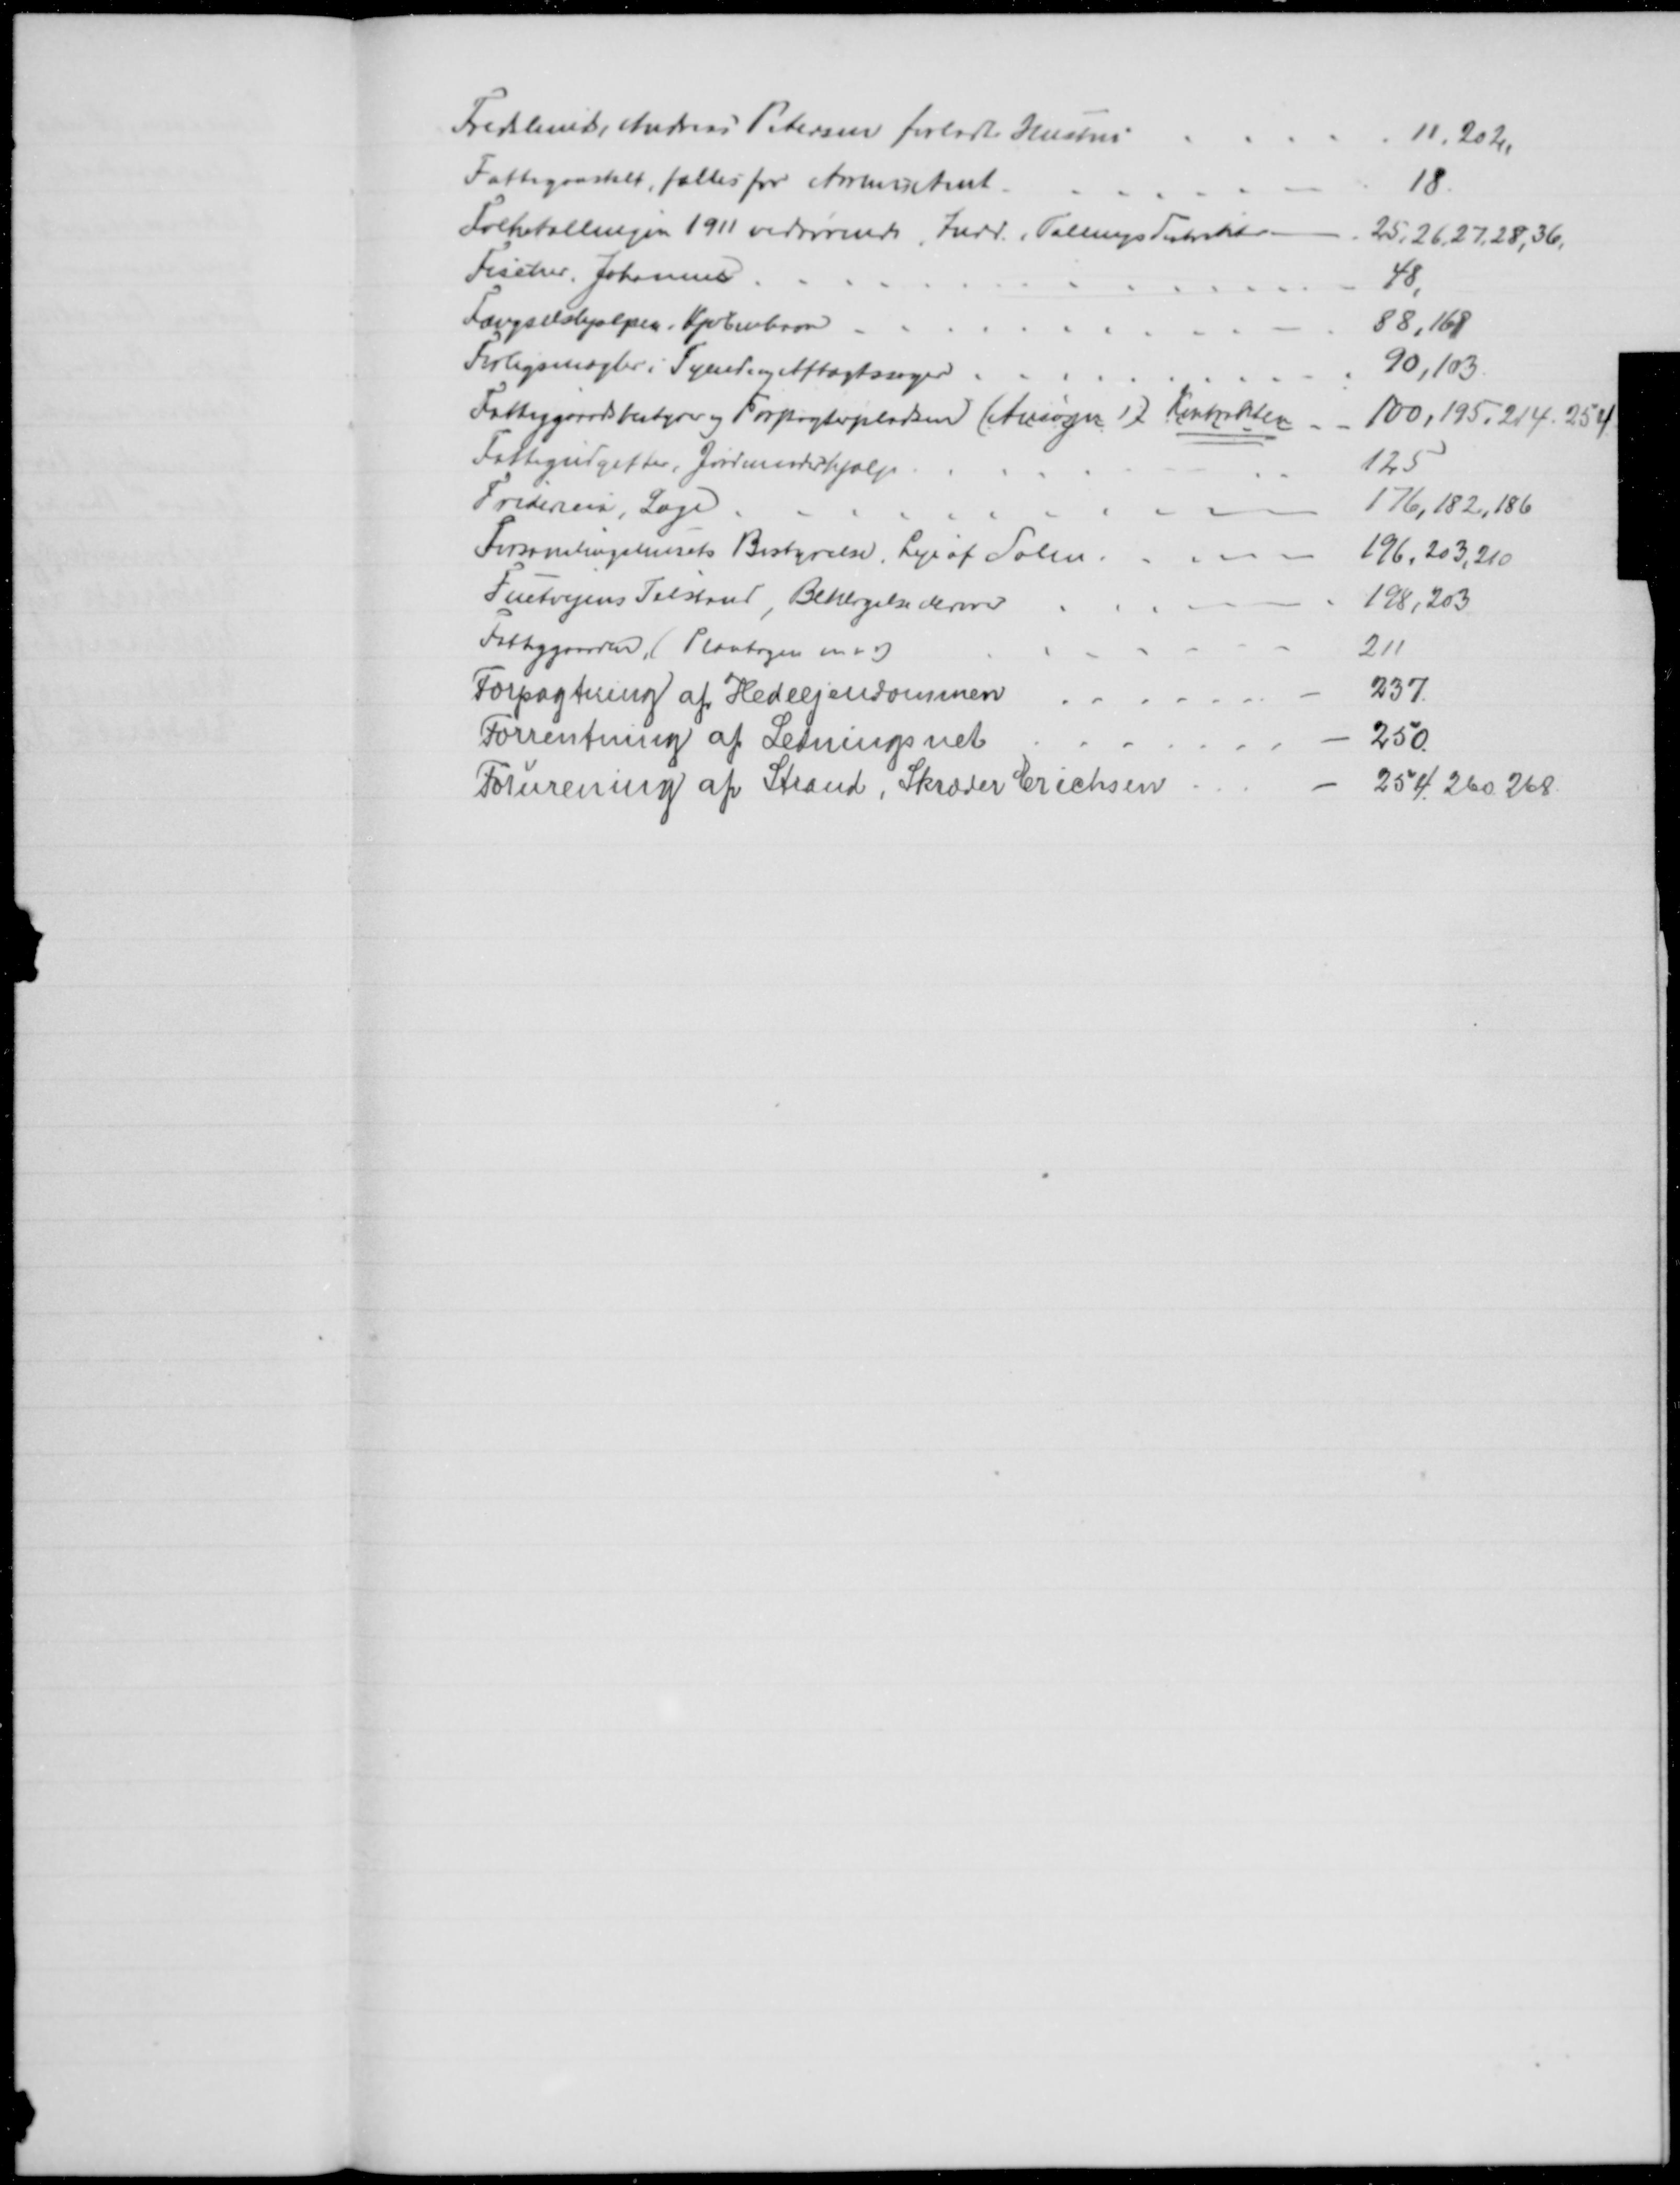
Transskription:
Fredslund, Andreas Petersen forladte Hustru
11,202.
Fattiganstalt, fælles for Aarhus Amt.
18
Folketællingen 1911 vedrørende Indd. Tællingsdistrikter
25, 26, 27, 28, 36,
Fischer, Johannes
48.
Fængselshjælpen i Kjøbenhavn
88,168
Forligsmægler i Tyende og Aftægtssager
90,103.
Fattiggaardsbestyrer og Forpagterpladsen (Ansøger 1) Kontrakten
100,195, 214, 254
Fattigudgifter, Jordmoderhjælp
125
Fridericia, Læge
176,182, 186
Forsamlingshusets Bestyrelse, Leje af Salen
196, 203, 210
Fuetvejens Tilstand, Beklagelse derover
198, 203
Fattiggaarden, (Plantagen m.v)
211
Forpagtning af Hedeejendommen
237.
Forrentning af Ledningsnet
250
Forurening af Strand, Skræder Erichsen
254. 260. 268.